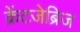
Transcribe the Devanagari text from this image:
क्रेंटजेब्रिज